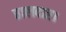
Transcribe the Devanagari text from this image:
हालदार।